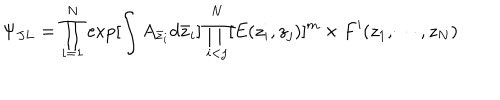
LaTeX: \Psi _ { J L } = \prod _ { i = 1 } ^ { N } \exp [ \int A _ { \bar { z } _ { i } } d \bar { z } _ { i } ] \prod _ { i < j } ^ { N } [ E ( z _ { i } , z _ { j } ) ] ^ { m } \times F ^ { \prime } ( z _ { 1 } , \cdots , z _ { N } )